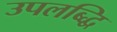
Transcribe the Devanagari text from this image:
उपलब्द्धि